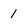
Character: 1